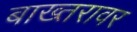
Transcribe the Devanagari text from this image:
बाख्तरावर